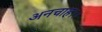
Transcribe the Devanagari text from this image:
अनचाह।।